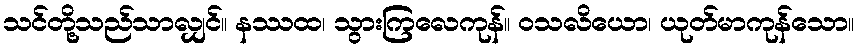
သင်တို့သည်သာလျှင်။ နဿထ၊ သွားကြလေကုန်။ ဝသလိယော၊ ယုတ်မာကုန်သော။